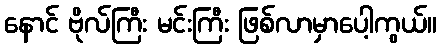
နောင် ဗိုလ်ကြီး မင်းကြီး ဖြစ်လာမှာပေါ့ကွယ်။